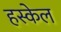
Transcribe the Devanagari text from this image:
हस्केल